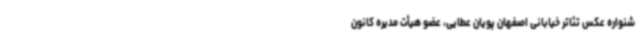
شنواره عکس تئاتر خیابانی اصفهان پویان عطایی، عضو هیأت مدیره کانون